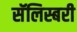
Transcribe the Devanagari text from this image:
सॅलिस्बरी